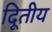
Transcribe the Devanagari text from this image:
दिूतीय